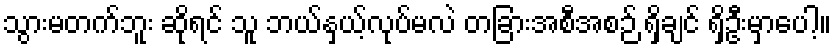
သွားမတက်ဘူး ဆိုရင် သူ ဘယ်နှယ့်လုပ်မလဲ တခြားအစီအစဉ် ရှိချင် ရှိဦးမှာပေါ့။